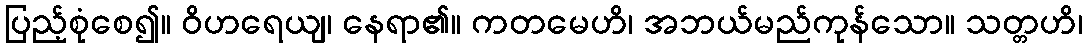
ပြည့်စုံစေ၍။ ဝိဟရေယျ၊ နေရာ၏။ ကတမေဟိ၊ အဘယ်မည်ကုန်သော။ သတ္တဟိ၊